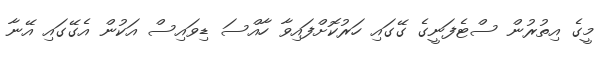
މީގެ އިތުރުން ސްޓެފަނީގެ ގޭގައި ހަރުކޮށްފައިވާ ހާއްސަ ޑިވައިސް އަކުން އެގޭގައި އޭނާ